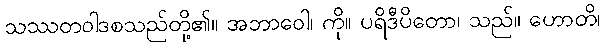
သဿတဝါဒစသည်တို့၏။ အဘာဝေါ၊ ကို။ ပရိဒီပိတော၊ သည်။ ဟောတိ၊